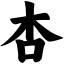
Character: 杏